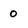
Character: 0